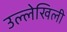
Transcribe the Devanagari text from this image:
उल्लेखिली